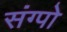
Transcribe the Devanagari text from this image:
संग्पो